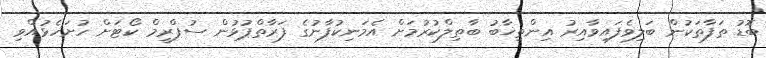
ބޮޑު ތަފާތަކުން ބަލިވެފައިވާއިރު އިންތިޚާބު ބާތިލްކުރުމަށް އެމަނިކުފާނުގެ ފަރާތްޕުޅުން ސުޕްރީމް ކޯޓަށް ހުށަހެޅުއްވި